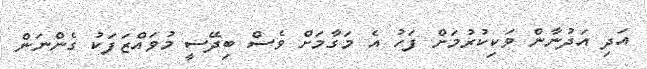
އަދި އަދުނާން ވަކިކުރުމަށް ފަހު އެ މަގާމަށް ވެސް ބިދޭސީ މުވައްޒަފަކު ގެންނަން